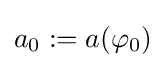
a_{0}:=a(\varphi _{0})